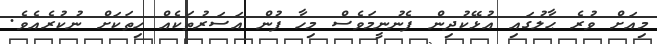
މިއަށް ވުރެ ޙާލުގައި އުޅޭކުދިން ފެނުނީމަވެސް މިހާ ފުން އަސަރުތަކެއް ހިތަކަށް ނުކުރެއެވެ.